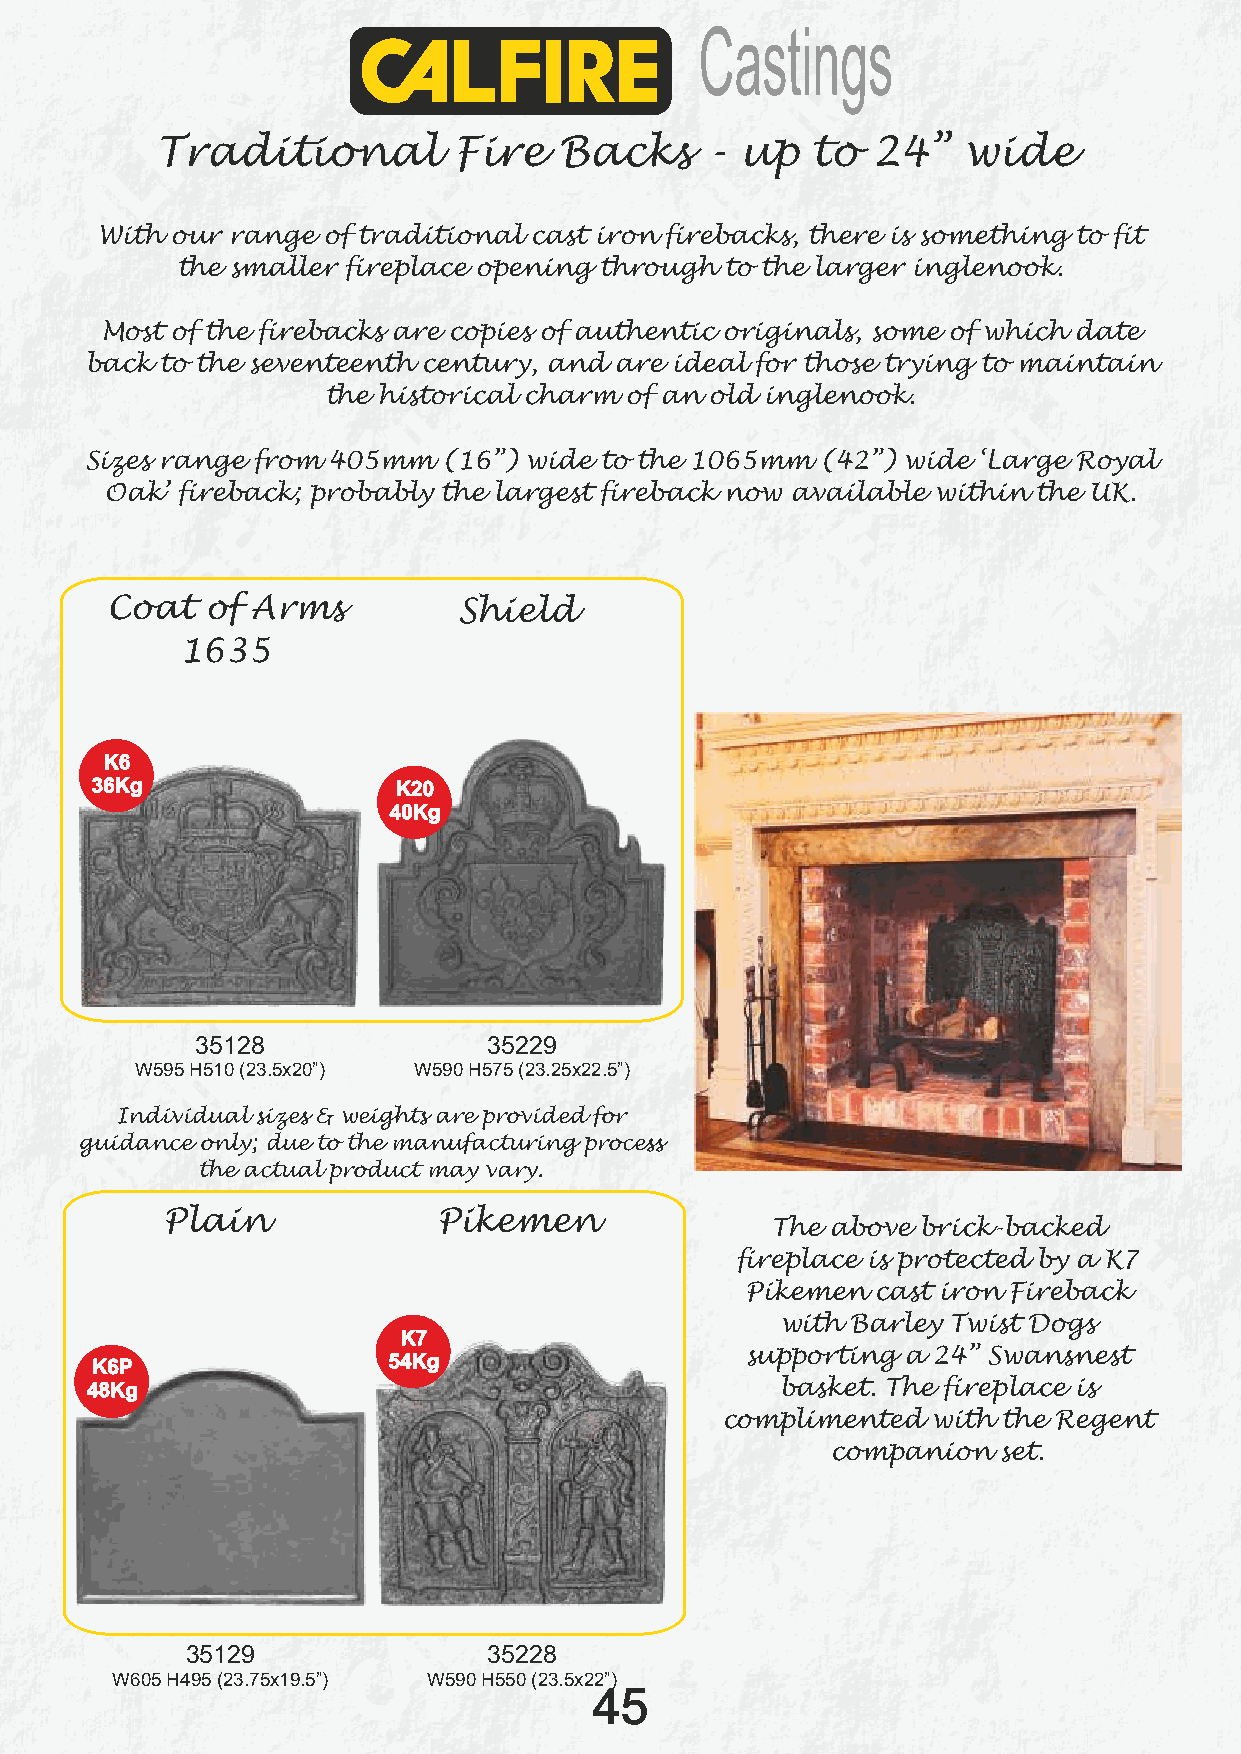
Castings
 Traditional         Fire   Backs     - up   to  24”   wide
 With our range of traditional cast iron firebacks, there is something to fit
 the smaller fireplace opening through to the larger inglenook.
 Most of the firebacks are copies of authentic originals, some of which date
 back to the seventeenth century, and are ideal for those trying to maintain
 the historical charm of an old inglenook.
 Sizes range from 405mm (16”) wide to the 1065mm (42”) wide ‘Large Royal
 Oak’ fireback; probably the largest fireback now available within the UK.
 Coat   of Arms         Shield
 1635
 K6
 36Kg                K20
 40Kg
 35128              35229
 W595 H510 (23.5x20”) W590 H575 (23.25x22.5”)
 Individual sizes & weights are provided for
 guidance only; due to the manufacturing process
 the actual product may vary.
 Plain             Pikemen
 The above brick-backed
 fireplace is protected by a K7
 Pikemen  cast iron Fireback
 with Barley Twist Dogs
 K7
 K6P                 54Kg                   supporting a 24” Swansnest
 48Kg                                          basket. The fireplace is
 complimented  with the Regent
 companion  set.
 35129               35228
 W605 H495 (23.75x19.5”) W590 H550 (23.5x22”)
 45